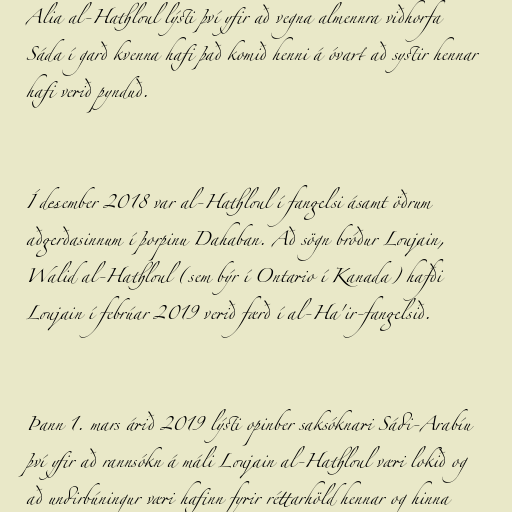
Alia al-Hathloul lýsti því yfir að vegna almennra viðhorfa
Sáda í garð kvenna hafi það komið henni á óvart að systir hennar
hafi verið pynduð.

Í desember 2018 var al-Hathloul í fangelsi ásamt öðrum
aðgerðasinnum í þorpinu Dahaban. Að sögn bróður Loujain,
Walid al-Hathloul (sem býr í Ontario í Kanada) hafði
Loujain í febrúar 2019 verið færð í al-Ha'ir-fangelsið.

Þann 1. mars árið 2019 lýsti opinber saksóknari Sádi-Arabíu
því yfir að rannsókn á máli Loujain al-Hathloul væri lokið og
að undirbúningur væri hafinn fyrir réttarhöld hennar og hinna